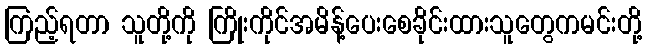
ကြည့်ရတာ သူတို့ကို ကြိုးကိုင်အမိန့်ပေးစေခိုင်းထားသူတွေကမင်းတို့